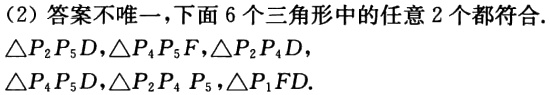
（2）答案不唯一，下面6个三角形中的任意2个都符合.

$\triangle P_{2}P_{5}D,\triangle P_{4}P_{5}F,\triangle P_{2}P_{4}D,$

$\triangle P_{4}P_{5}D,\triangle P_{2}P_{4}P_{5},\triangle P_{1}FD.$